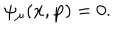
\psi _ { \mu } ( \mathbf { x } , \mathbf { p } ) = 0 .